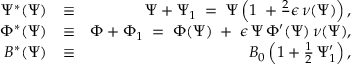
\begin{array} { r l r } { \Psi ^ { * } ( \Psi ) } & { \equiv } & { \Psi + \Psi _ { 1 } \; = \; \Psi \left( 1 \; + \frac 2 \, \epsilon \, \nu ( \Psi ) \right) , } \\ { \Phi ^ { * } ( \Psi ) } & { \equiv } & { \Phi + \Phi _ { 1 } \; = \; \Phi ( \Psi ) \; + \; \epsilon \, \Psi \, \Phi ^ { \prime } ( \Psi ) \, \nu ( \Psi ) , } \\ { B ^ { * } ( \Psi ) } & { \equiv } & { B _ { 0 } \left( 1 + \frac { 1 } { 2 } \, \Psi _ { 1 } ^ { \prime } \right) , } \end{array}